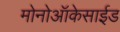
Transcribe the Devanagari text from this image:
मोनोऑकेसाईड